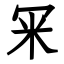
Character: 冞